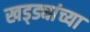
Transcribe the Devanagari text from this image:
खड्ड्यांच्या